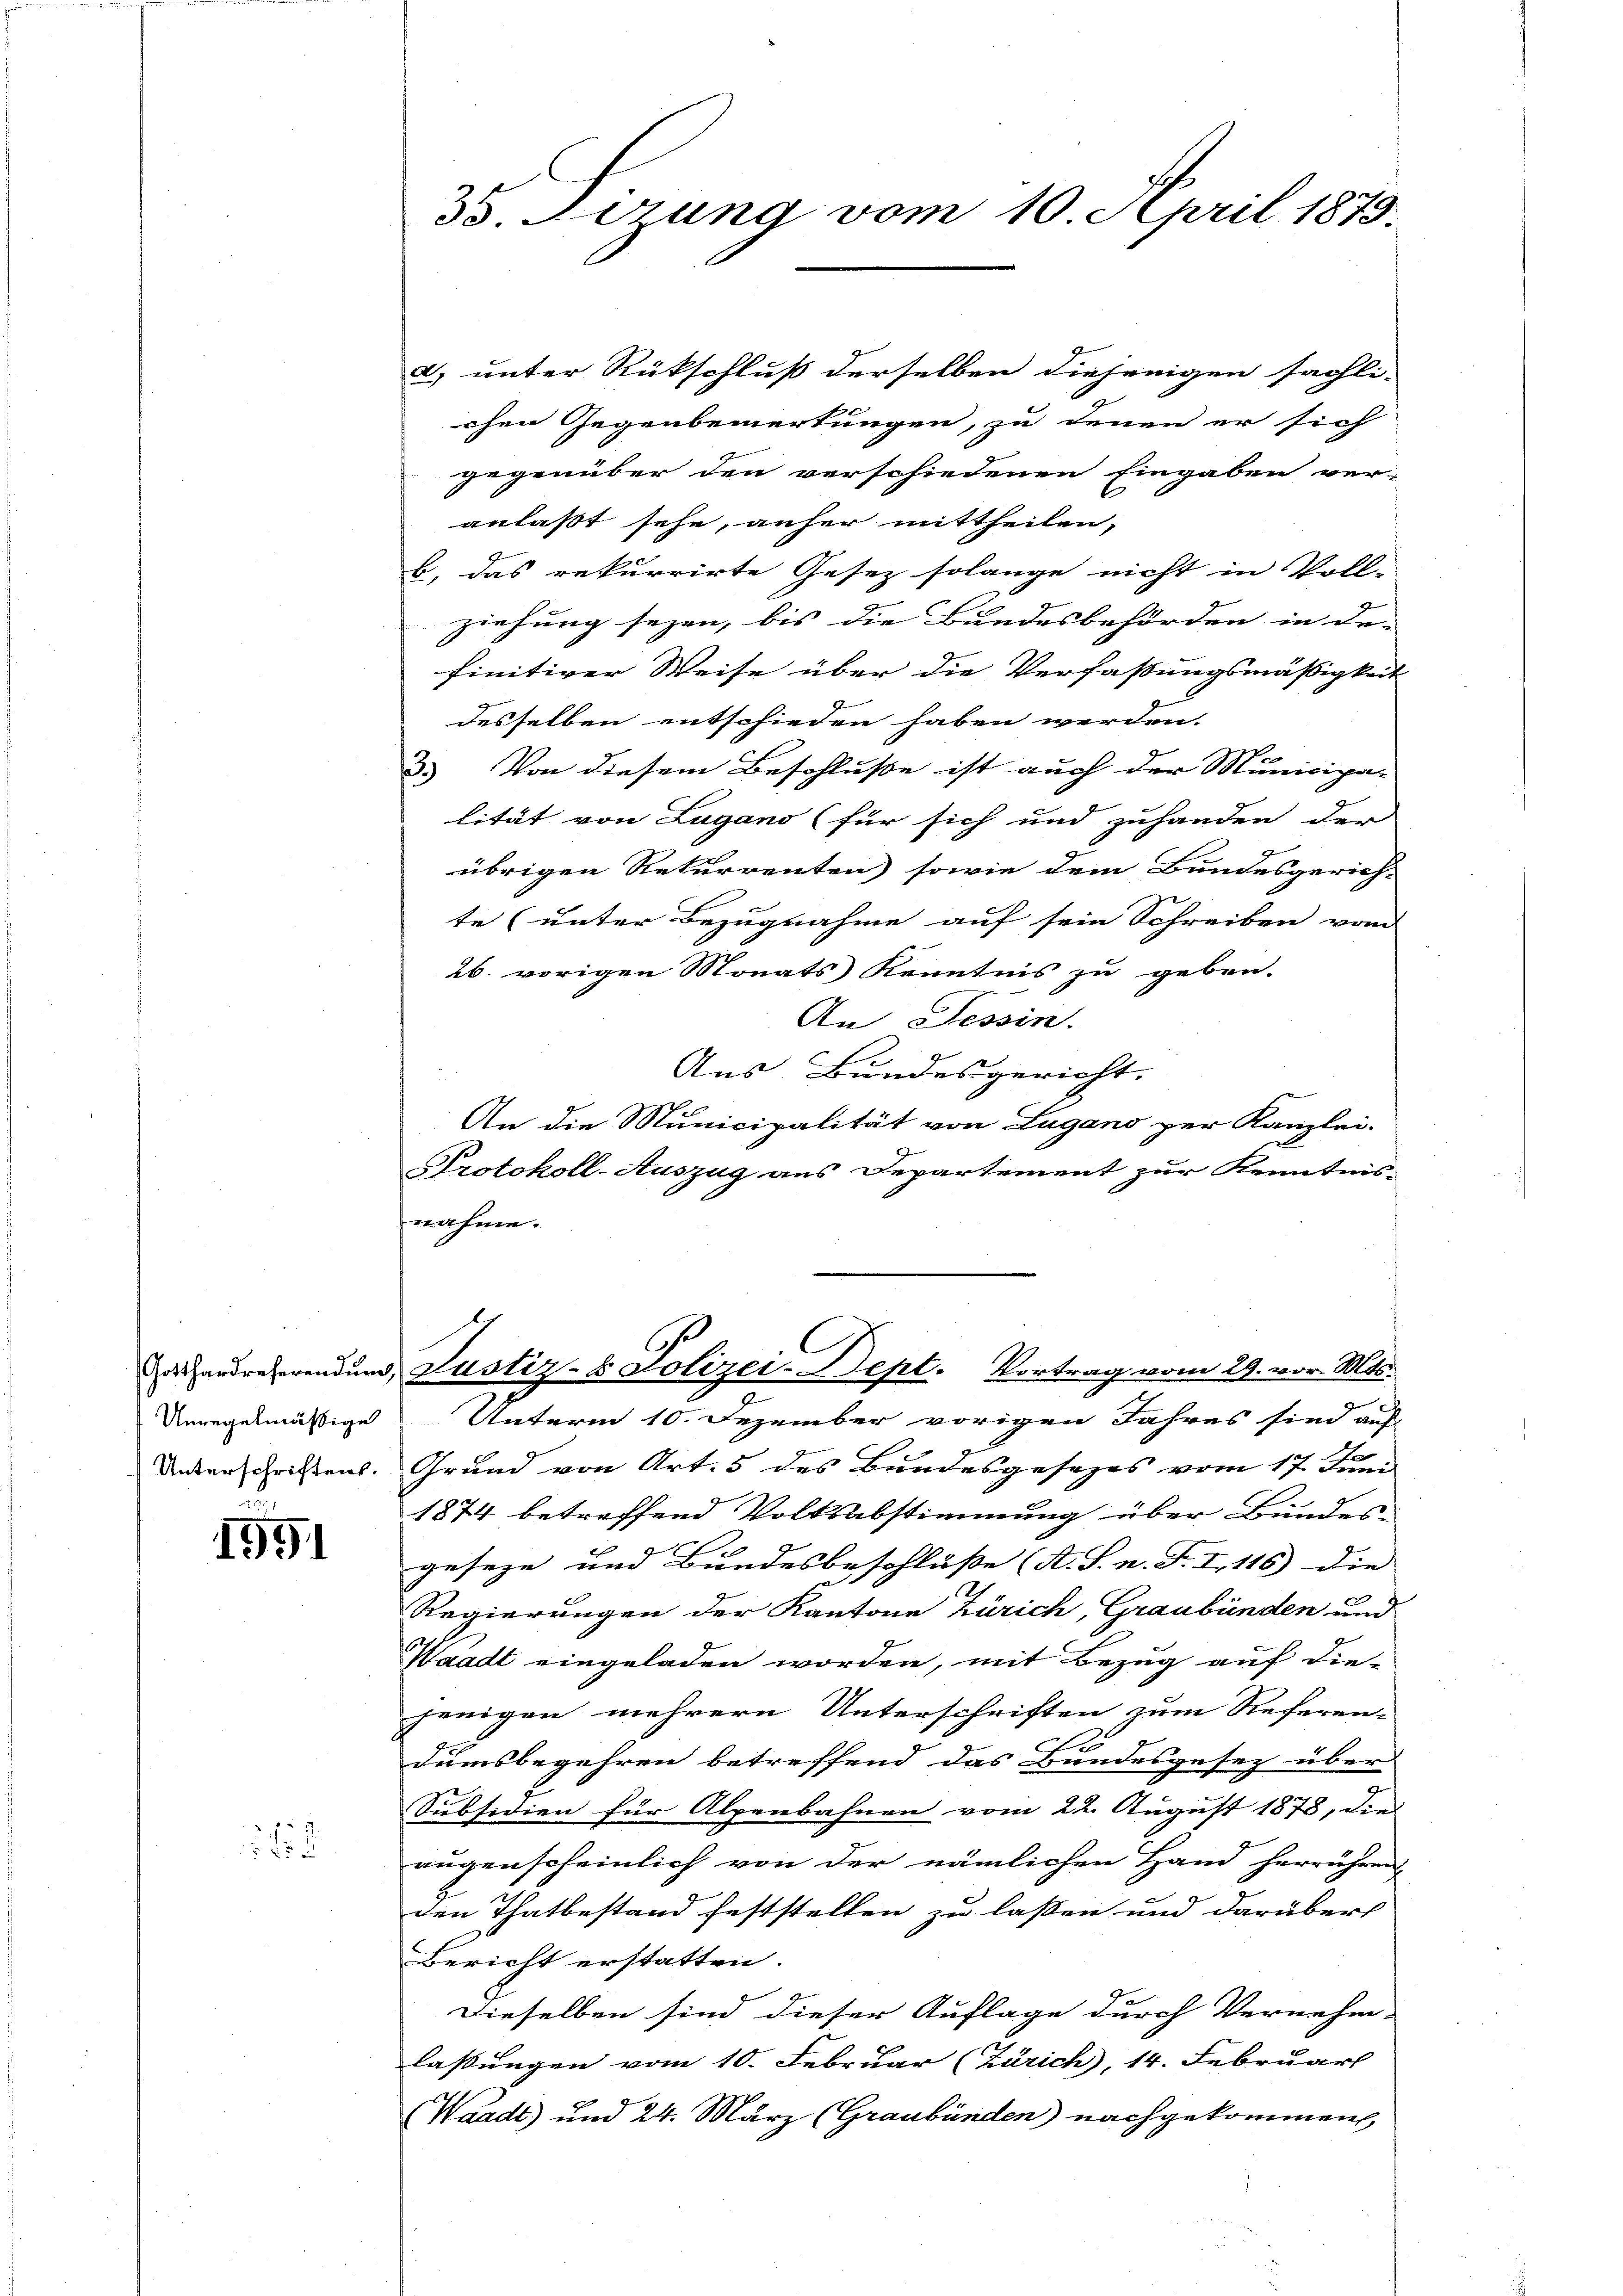
Unterschriften.

1991

62

a) unter Rückschluß derselben diejenigen sächli-
chen Gegenbemerkungen, zu denen er sich
gegenüber den verschiedenen Eingaben ver-
anlaßt sehe, anher mittheilen,
b, das rekurrirte Gesez solange nicht in Voll-
ziehung seyen, bis die Bundesbehörden in de- |
finitiver Weise über die Verfaßungsmäßigkeit
desselben entschieden haben werden.
2. Von diesem Beschluße ist auch der Municipa-
lität von Lugano (für sich und zuhanden der
übrigen Rekurrenten sowie dem Bundesgerich-
te (unter Bezugnahme auf sein Schreiben von
26. vorigen Monats Kenntnis zu geben.
An Tessin.
Aus Bundesgericht.
h
An die Municipalität von Lugano zur Kanzlei-
Protokoll-Auszug aus Departement zur Kenntnis-
nahme.

Unregelmäßige Unterm 10. Dezember vorigen Jahres sind auf
Grund von Art. 5 des Bundesgesezes vom 17. Juni
1874 betreffend Volksabstimmung über Bundes-
geseze und Bundesbeschlüße (A. S. n. F. I, 116) die
Regierungen der Kantone Zürich, Graubünden und
Waadt eingeladen worden, mit Bezug auf die
jenigen mehrere Unterschriften zum Referen-
e
Dumsbegehren betreffend das Bundesgesez über
Subsidien für Alpenbahnen vom 22. August 1878, die
augenscheinlich von der nämlichen Hand herrühren
den Thatbestand feststellen zu laßen und darüber
Bericht erstatten.
Dieselben sind dieser Auflage durch Vernehm-
lassungen vom 10. Februar (Zürich), 14. Februar
Waadt) und 24. März (Graubünden) nachgekommen

38. Ferung vom 10. April 1879.

C
Deandreherendung, Justiz- & Polizei-Dept. Vortrag vom 29. vor. Mts.